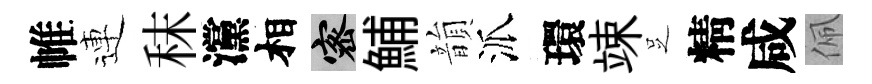
帷連秣灙相密鯆韻派環竦𠯁精咸佩